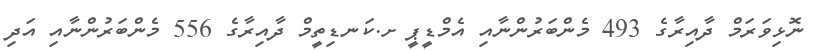
ނޮޅިވަރަމް ދާއިރާގެ 493 މެންބަރުންނާއި އެމްޑީޕީ ށ.ކަނޑިތީމް ދާއިރާގެ 556 މެންބަރުންނާއި އަދި